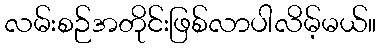
လမ်းစဉ်အတိုင်းဖြစ်လာပါလိမ့်မယ်။